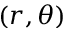
( r , \theta )